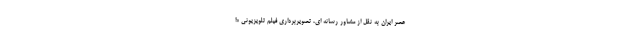
عصر ایران به نقل از مشاور رسانه ای، تصویربرداری فیلم تلویزیونی «ا